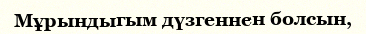
Мұрындыгым дүзгеннен болсын,